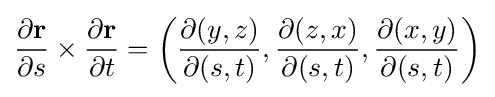
{\partial \mathbf {r}  \over \partial s}\times {\partial \mathbf {r}  \over \partial t}=\left({\frac {\partial (y,z)}{\partial (s,t)}},{\frac {\partial (z,x)}{\partial (s,t)}},{\frac {\partial (x,y)}{\partial (s,t)}}\right)